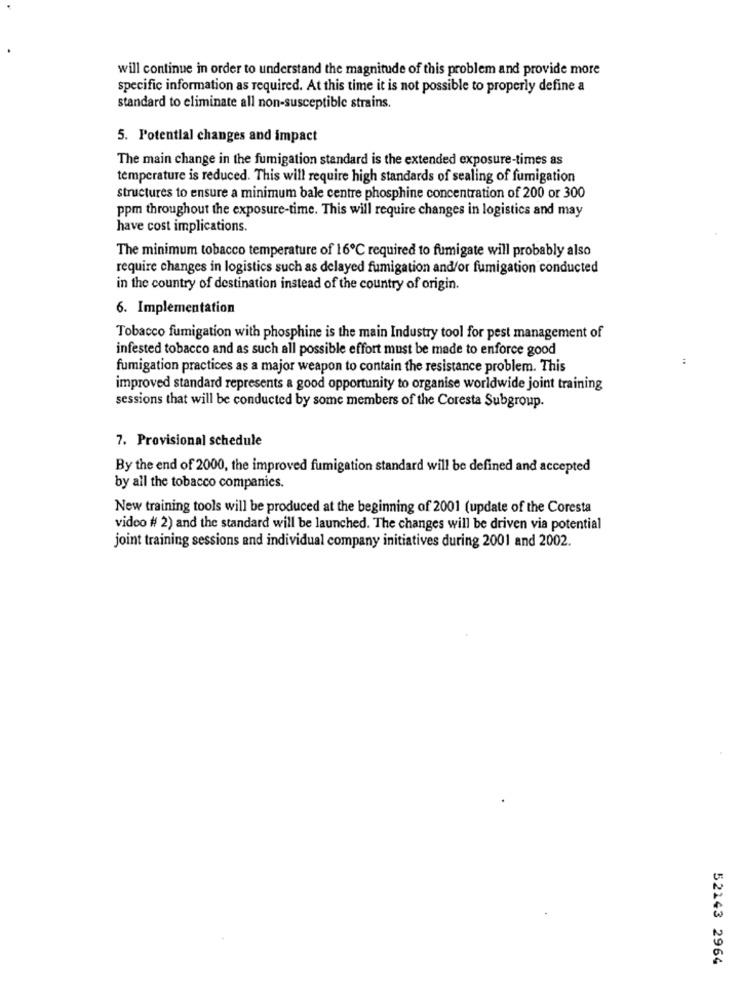
will continue in order to understand the magnitude of this problem and provide more
specific information as required. At this time it is not possible to properly define a
standard to eliminate all non-susceptible strains.
5. Potential changes and impact
The main change in the fumigation standard is the extended exposure-times as
temperature is reduced. This will require high standards of sealing of fumigation
structures to ensure a minimum bale centre phosphine concentration of 200 or 300
ppm throughout the exposure-time. This will require changes in logistics and may
have cost implications.
The minimum tobacco temperature of 16℃ required to fumigate will probably also
require changes in logistics such as delayed fumigation and/or fumigation conducted
in the country of destination instead of the country of origin.
6. Implementation
Tobacco fumigation with phosphine is the main Industry tool for pest management of
infested tobacco and as such all possible effort must be made to enforce good
fumigation practices as a major weapon to contain the resistance problem. This
improved standard represents a good opportunity to organise worldwide joint training
sessions that will be conducted by some members of the Coresta Subgroup.
7. Provisional schedule
By the end of 2000, the improved fumigation standard will be defined and accepted
by all the tobacco companies.
New training tools will be produced at the beginning of 2001 (update of the Coresta
video # 2) and the standard will be launched. The changes will be driven via potential
joint training sessions and individual company initiatives during 2001 and 2002.
52143 2964